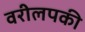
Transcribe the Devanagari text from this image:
वरीलपकी